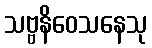
သဗ္ဗနိဝေသနေသု